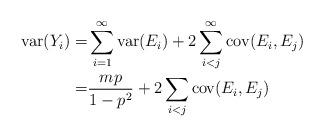
LaTeX: \begin{align*}\mbox{var}(Y_i) =& \sum_{i=1}^{\infty} \mbox{var}(E_i) +2 \sum_{i<j}^{\infty} \mbox{cov}(E_i,E_j) \\=& \frac{mp}{1-p^2} +2 \sum_{i<j} \mbox{cov}(E_i,E_j)\end{align*}